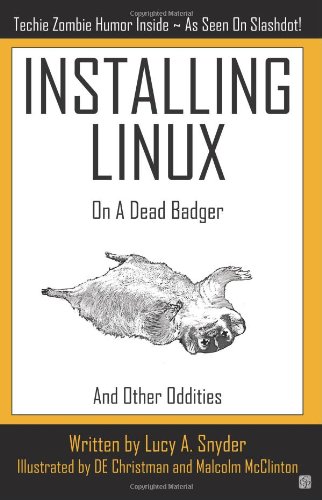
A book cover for Installing Linux on a Dead Badger; Lucy A. Snyder; Humor & Entertainment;